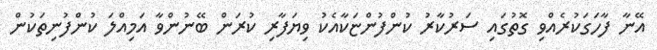
އޭނާ ފާހަގަކުރެއްވި ގޮތުގައި ސަރުކާރު ކުންފުންޏަކާއެކު ވިޔަފާރި ކުރަން ބޭނުންވާ އަމިއްލަ ކުންފުނިތަކުން